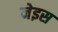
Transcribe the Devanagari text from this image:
नेइस